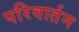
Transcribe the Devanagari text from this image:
परिवार्तन